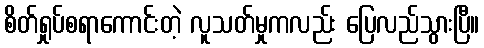
စိတ်ရှုပ်စရာကောင်းတဲ့ လူသတ်မှုကလည်း ပြေလည်သွားပြီ။